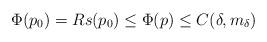
LaTeX: \begin{align*}\Phi(p_0)=R {s(p_0)}\leq \Phi(p)\leq C(\delta,m_\delta)\end{align*}